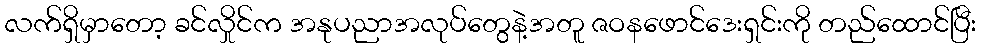
လက်ရှိမှာတော့ ခင်လှိုင်က အနုပညာအလုပ်တွေနဲ့အတူ ဇဝနဖောင်ဒေးရှင်းကို တည်ထောင်ပြီး